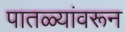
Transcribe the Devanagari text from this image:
पातळ्यांवरून